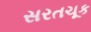
સરતચૂક